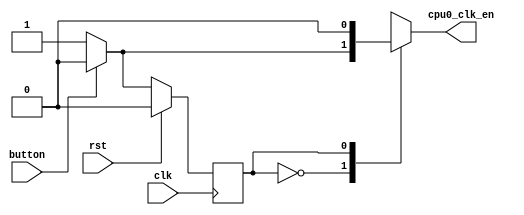
//////////////////////////////////////////////////////
// 
// File: button_fsm
// Created by Xin Xin, June 2012
//
// Description: This finite state machine is used to generate one clock pulse
//  every time the button is pushed.
//
//  Do not modify this module.

`timescale 1 ns/1 ps
module button_fsm ( rst, clk, button, cpu0_clk_en);

  input rst, clk, button;
  output reg  cpu0_clk_en;



  reg state;  
  reg  next_state;  
  parameter s0 = 1'b0; parameter s1 = 1'b1;  
  
  always @( posedge clk)  
  begin  
    if (rst==1'b1)  state = s0;  
    else   state = next_state;  
  end 
     
   always @(state or button )  
   begin  
        cpu0_clk_en=1'b0;   
        case (state)  
          s0: begin
               if(button == 1'b0) begin cpu0_clk_en = 1'b1; next_state = s1; end
               else next_state = s0;
              end
          s1: begin  
              if(button==1'b1)  next_state = s0 ;
              else next_state = s1; 
              end 
          default: next_state = s0;  
        endcase          
  end 
  
endmodule